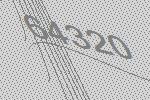
64320